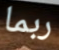
ربما